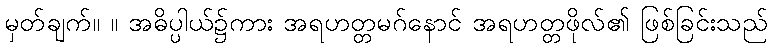
မှတ်ချက်။ ။ အဓိပ္ပါယ်၌ကား အရဟတ္တမဂ်နောင် အရဟတ္တဖိုလ်၏ ဖြစ်ခြင်းသည်